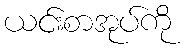
ယင်းစာအုပ်ကို